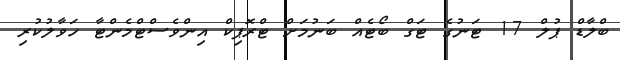
ބްލާޑް ޕުލް 17 ޓަނުގެ ޓަގް ބޯޓެއް ބަނުމަށް ޓްރޮޕިކް އިންވެސްޓްމެންޓާ ހަވާލުކުރި